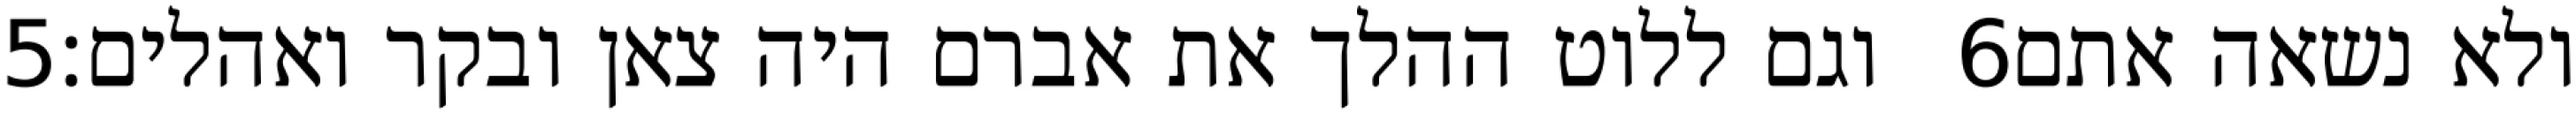
‎5‏ וגם ללוט ההלך את אברם היה צאן ובקר ואהלים׃ ‎6‏ ולא נשאה אתם